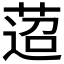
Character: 𦴚